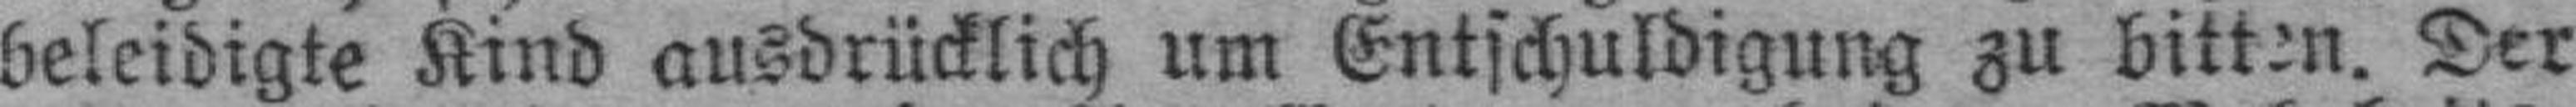
beleidigte Kind ausdrücklich um Entschuldigung zu bitten. Der